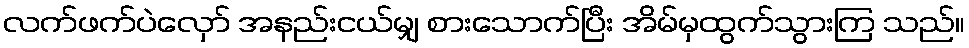
လက်ဖက်ပဲလှော် အနည်းငယ်မျှ စားသောက်ပြီး အိမ်မှထွက်သွားကြ သည်။